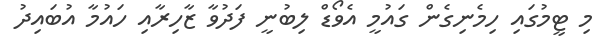
މި ޓީމުގައި ހިމެނިގެން ގައުމީ އެވޯޑް ލިބުނީ ފަދުވާ ޒާހިރާއި ހައުމާ އުބައިދު